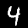
Label: 4